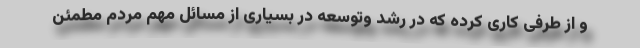
و از طرفی کاری کرده که در رشد وتوسعه در بسیاری از مسائل مهم مردم مطمئن